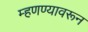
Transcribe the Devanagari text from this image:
म्हणण्यावरून